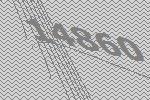
14860